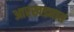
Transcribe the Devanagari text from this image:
आरखड्यात